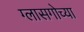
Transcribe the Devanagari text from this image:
ग्लासगोच्या